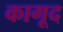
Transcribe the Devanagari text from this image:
कागूद